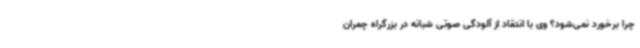
چرا برخورد نمی‌شود؟ وی با انتقاد از آلودگی صوتی شبانه در بزرگراه چمران